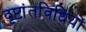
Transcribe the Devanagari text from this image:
दृष्टांतविधियों